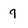
Character: q